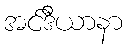
အင်ဒီယာနာ